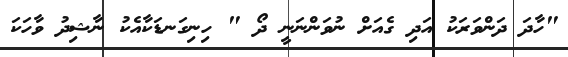
"ހާދަ ދަންވަރަކު އަދި ގެއަށް ނުވަންނަނީ ދޯ " ހިނިގަނޑަކާއެކު ނާޝިދު ވާހަކަ